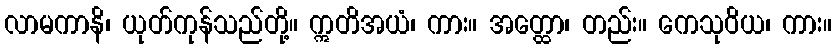
လာမကာနိ၊ ယုတ်ကုန်သည်တို့။ ဣတိအယံ၊ ကား။ အတ္ထော၊ တည်း။ ကေသုဝိယ၊ ကား။